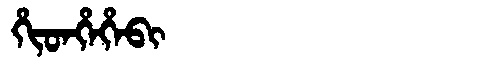
Manchu: ᡥᡳᡨᡥᡝᡥᡝᠪᡳ
Romanization: HITHEHEBI